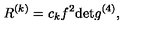
R ^ { ( k ) } = c _ { k } f ^ { 2 } \mathrm { d e t } g ^ { ( 4 ) } ,